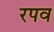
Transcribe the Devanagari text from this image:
रपव